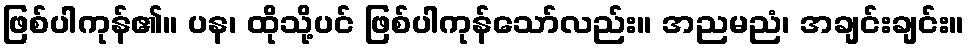
ဖြစ်ပါကုန်၏။ ပန၊ ထိုသို့ပင် ဖြစ်ပါကုန်သော်လည်း။ အညမညံ၊ အချင်းချင်း။